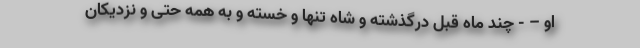
او – - چند ماه قبل درگذشته و شاه تنها و خسته و به همه حتی و نزدیکان